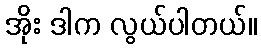
အိုး ဒါက လွယ်ပါတယ်။